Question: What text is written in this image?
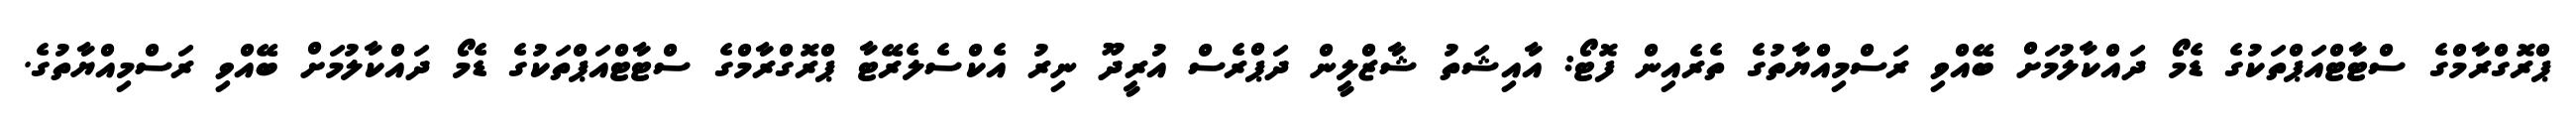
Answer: ޕްރޮގްރާމްގެ ސްޓާޓްއަޕްތަކުގެ ޑެމޯ ދައްކާލުމަށް ބޭއްވި ރަސްމިއްޔާތުގެ ތެރެއިން ފޮޓޯ: އާއިޝަތު ޝާޒްލީން ދަޕްރެސް އުރީދޫ ނިރު އެކްސެލެރޭޓާ ޕްރޮގްރާމްގެ ސްޓާޓްއަޕްތަކުގެ ޑެމޯ ދައްކާލުމަށް ބޭއްވި ރަސްމިއްޔާތުގެ.